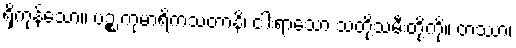
ရှိကုန်သော။ ပဉ္စ ကုမာရိကသတာနိ၊ ငါးရာသော သတို့သမီးတို့ကို။ တဿာ၊